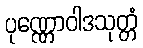
ပုဏ္ဏောဝါဒသုတ္တံ